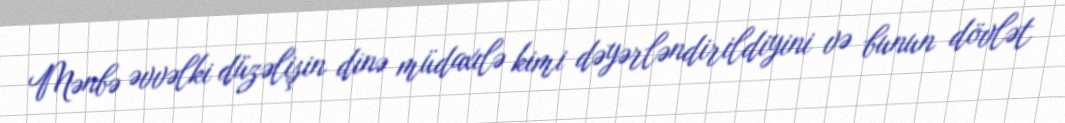
Mənbə əvvəlki düzəlişin dinə müdaxılə kimi dəyərləndirildiyini və bunun dövlət